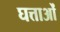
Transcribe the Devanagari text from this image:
घत्ताओं